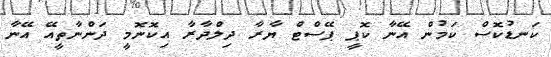
ކަނޑުކޮސް ކަމުން އޭނާ ކޮޕީ ޕޭސްޓް ޔާރާ ދިލްދާރާ އިކޮނޮމީ ދަންނާތީއޭ އޭނާ